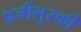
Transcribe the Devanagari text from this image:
प्रजीलुस्की